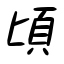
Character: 頃